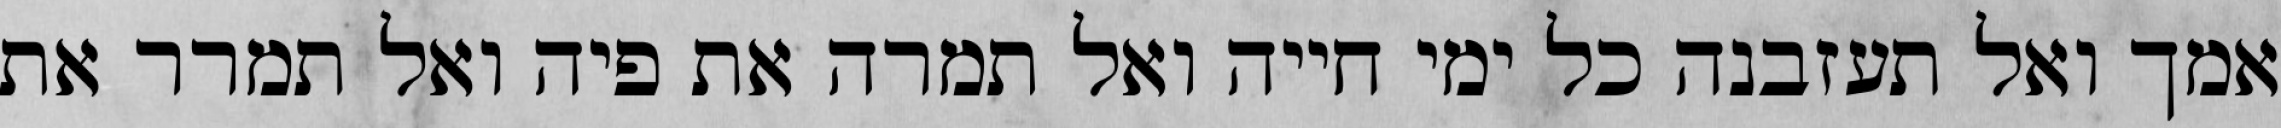
אמך ואל תעזבנה כל ימי חייה ואל תמרה את פיה ואל תמרר את